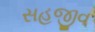
સહજીવ